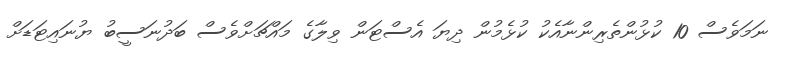
ނަމަވެސް 10 ކުޅުންތެރިންނާއެކު ކުޅެމުން ދިޔަ އެސްޓަން ވިލާގެ މައްޗަށްވެސް ބަދުނަސީބު ޔުނައިޓަޑަށް